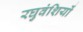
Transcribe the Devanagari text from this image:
रघुवंशियों